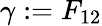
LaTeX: \gamma:=F_{12}